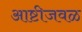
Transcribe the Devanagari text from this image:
आष्टीजवळ